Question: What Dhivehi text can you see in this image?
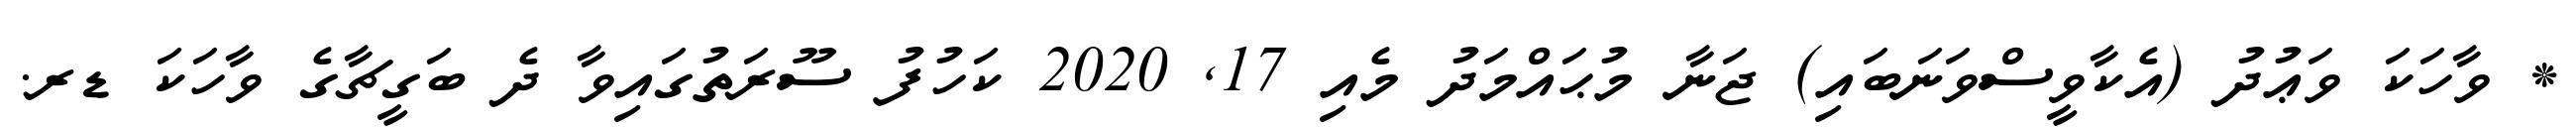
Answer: * ވާހަކަ ވަޢުދު (އެކާވީސްވަނަބައި) ޖަނާ މުޙައްމަދު މެއި 17, 2020 ކަހުފު ސޫރަތުގައިވާ ދެ ބަގީޗާގެ ވާހަކަ ޑރ.